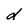
Character: d